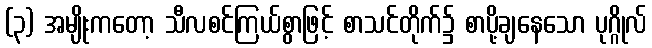
(၃) အမျိုးကတော့ သီလစင်ကြယ်စွာဖြင့် စာသင်တိုက်၌ စာပို့ချနေသော ပုဂ္ဂိုလ်